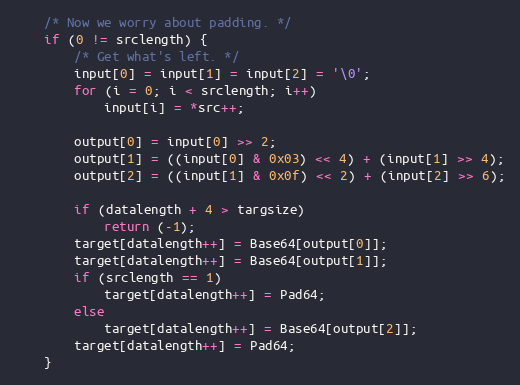
Language: C
	/* Now we worry about padding. */
	if (0 != srclength) {
		/* Get what's left. */
		input[0] = input[1] = input[2] = '\0';
		for (i = 0; i < srclength; i++)
			input[i] = *src++;

		output[0] = input[0] >> 2;
		output[1] = ((input[0] & 0x03) << 4) + (input[1] >> 4);
		output[2] = ((input[1] & 0x0f) << 2) + (input[2] >> 6);

		if (datalength + 4 > targsize)
			return (-1);
		target[datalength++] = Base64[output[0]];
		target[datalength++] = Base64[output[1]];
		if (srclength == 1)
			target[datalength++] = Pad64;
		else
			target[datalength++] = Base64[output[2]];
		target[datalength++] = Pad64;
	}